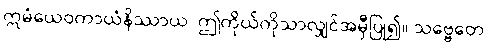
ဣမံယေဝကာယံနိဿာယ၊ ဤကိုယ်ကိုသာလျှင်အမှီပြု၍။ သဗ္ဗေတေ၊